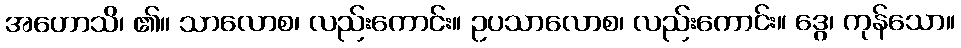
အဟောသိ၊ ၏။ သာလောစ၊ လည်းကောင်း။ ဥပသာလောစ၊ လည်းကောင်း။ ဒွေ၊ ကုန်သော။